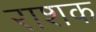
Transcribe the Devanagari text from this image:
राशक